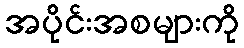
အပိုင်းအစများကို